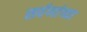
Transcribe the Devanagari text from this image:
सर्वणांच्या